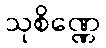
သုစိဏ္ဏေ